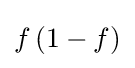
{\textstyle f\left(1-f\right)}